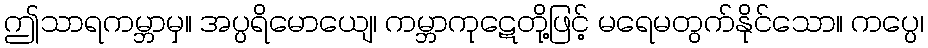
ဤသာရကမ္ဘာမှ။ အပ္ပရိမောယျေ၊ ကမ္ဘာကုဋေတို့ဖြင့် မရေမတွက်နိုင်သော။ ကပ္ပေ၊